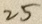
2 5